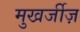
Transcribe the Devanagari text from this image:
मुखर्जीज़